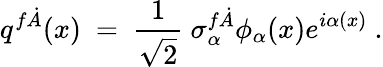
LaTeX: q^{f\dot{A}}(x)\ =\ \frac 1{\sqrt 2}\ \sigma_{\alpha}^{f\dot{A}}\phi_{\alpha}(x)e^{i\alpha(x)}\ .